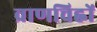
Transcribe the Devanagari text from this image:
व्राणचिह्नों